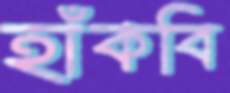
হাঁকবি